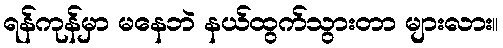
ရန်ကုန်မှာ မနေဘဲ နယ်ထွက်သွားတာ များလား။